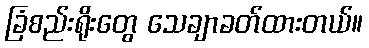
ခြံစည်းရိုးတွေ သေချာခတ်ထားတယ်။